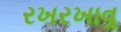
રખરખાવૢ